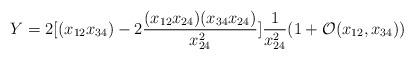
LaTeX: \begin{align*}Y = 2[(x_{12} x_{34}) - 2\frac{(x_{12}x_{24}) (x_{34}x_{24})}{x_{24}^2}] \frac{1}{x_{24}^2}(1+\mathcal{O}(x_{12}, x_{34}))\end{align*}